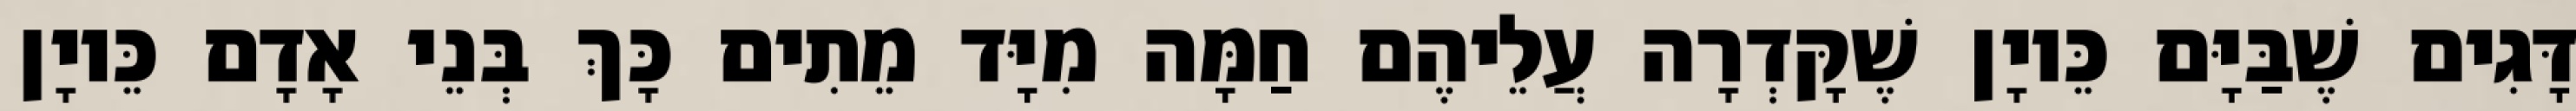
דָּגִים שֶׁבַּיָּם כֵּיוָן שֶׁקָּדְרָה עֲלֵיהֶם חַמָּה מִיָּד מֵתִים כָּךְ בְּנֵי אָדָם כֵּיוָן